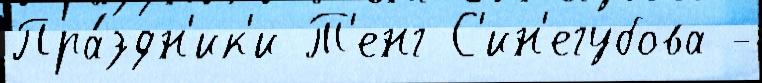
Пра́здн'ик'и Т'енг С'ин'егубова -